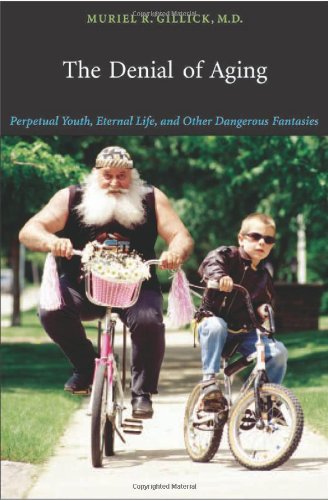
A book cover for The Denial of Aging: Perpetual Youth, Eternal Life, and Other Dangerous Fantasies; Muriel R. Gillick M.D.; Health, Fitness & Dieting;